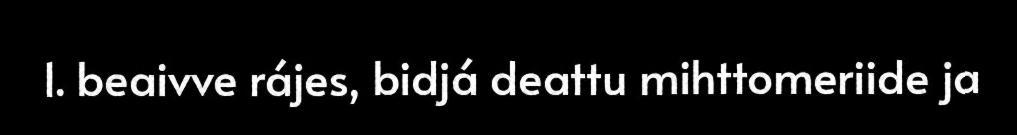
1. beaivve rájes, bidjá deattu mihttomeriide ja